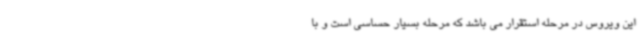
این ویروس در مرحله استقرار می باشد که مرحله بسیار حساسی است و با